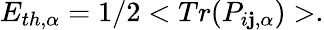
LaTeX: E_{th,\alpha}=1/2<Tr(P_{i\mathbf{j},\alpha})>.